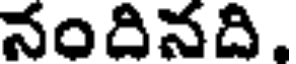
నందినది,